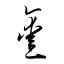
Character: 鑿